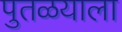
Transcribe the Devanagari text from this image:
पुतळयाला